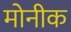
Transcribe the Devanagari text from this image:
मोनीक